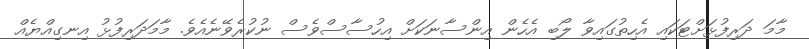
މާމަ ދަރިފުޅަށްޓަކައި އެހިތުގައިވާ ލޯބި އެހެން އިންސާނަކަށް އިހުސާސްވެސް ނުކުރެވޭނެއެވެ. މާމަދަރިފުޅު އިނގިއްޔެއް